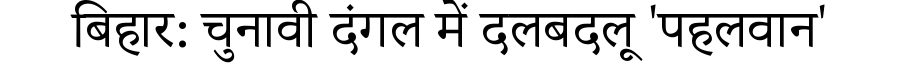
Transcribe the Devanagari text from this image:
बिहार: चुनावी दंगल में दलबदलू 'पहलवान'